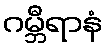
ဂမ္ဘီရာနံ